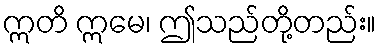
ဣတိ ဣမေ၊ ဤသည်တို့တည်း။